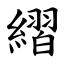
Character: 䌌